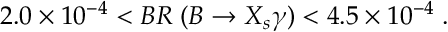
2 . 0 \times 1 0 ^ { - 4 } < B R \; ( B \rightarrow X _ { s } \gamma ) < 4 . 5 \times 1 0 ^ { - 4 } \; .